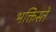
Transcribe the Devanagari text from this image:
भक्तिस्ते